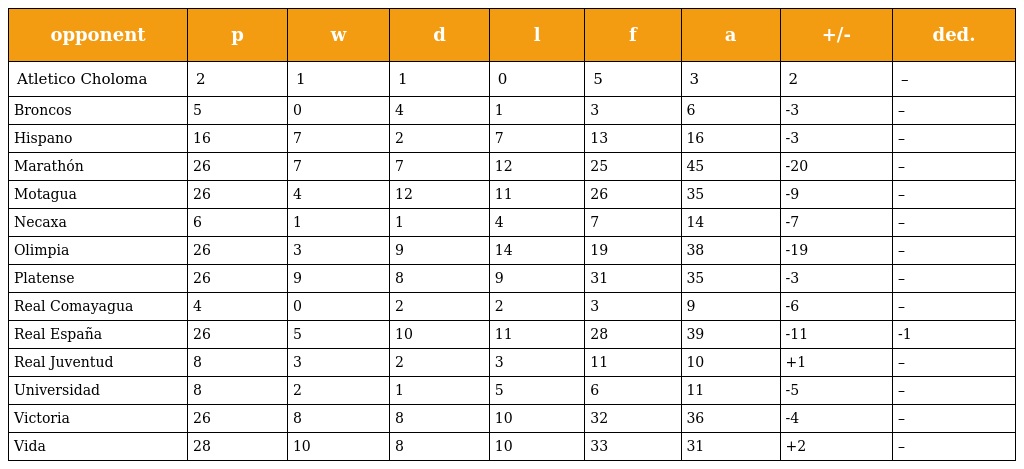
| opponent | p | w | d | l | f | a | +/- | ded. |
 | --- | --- | --- | --- | --- | --- | --- | --- | --- |
 | Atletico Choloma | 2 | 1 | 1 | 0 | 5 | 3 | 2 | – |
 | Broncos | 5 | 0 | 4 | 1 | 3 | 6 | -3 | – |
 | Hispano | 16 | 7 | 2 | 7 | 13 | 16 | -3 | – |
 | Marathón | 26 | 7 | 7 | 12 | 25 | 45 | -20 | – |
 | Motagua | 26 | 4 | 12 | 11 | 26 | 35 | -9 | – |
 | Necaxa | 6 | 1 | 1 | 4 | 7 | 14 | -7 | – |
 | Olimpia | 26 | 3 | 9 | 14 | 19 | 38 | -19 | – |
 | Platense | 26 | 9 | 8 | 9 | 31 | 35 | -3 | – |
 | Real Comayagua | 4 | 0 | 2 | 2 | 3 | 9 | -6 | – |
 | Real España | 26 | 5 | 10 | 11 | 28 | 39 | -11 | -1 |
 | Real Juventud | 8 | 3 | 2 | 3 | 11 | 10 | +1 | – |
 | Universidad | 8 | 2 | 1 | 5 | 6 | 11 | -5 | – |
 | Victoria | 26 | 8 | 8 | 10 | 32 | 36 | -4 | – |
 | Vida | 28 | 10 | 8 | 10 | 33 | 31 | +2 | – |